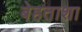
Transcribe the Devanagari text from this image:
बेहताशा